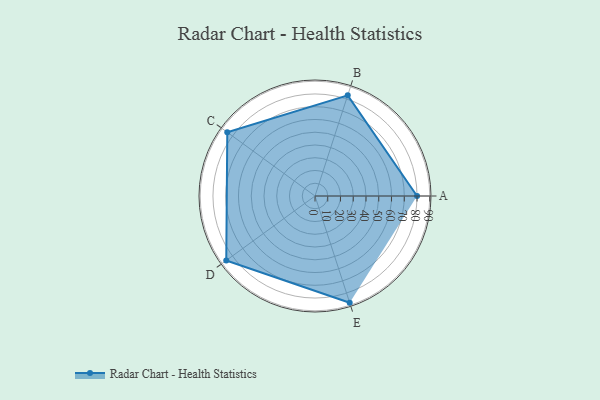
{"axis": {"x": "Skill", "y": "Score"}, "legend": ["Profile"], "data": [{"x": "A", "y": 80.0, "type": "Profile"}, {"x": "B", "y": 83.0, "type": "Profile"}, {"x": "C", "y": 85.0, "type": "Profile"}, {"x": "D", "y": 86.0, "type": "Profile"}, {"x": "E", "y": 88.0, "type": "Profile"}]}